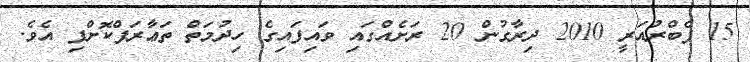
15 ފެބްރުއަރީ 2010 ދިރާގުން 20 ރަށެއްގައި ވައިފައިގެ ހިދުމަތް ތަޢާރަފްކޮށްފި އެވެ.